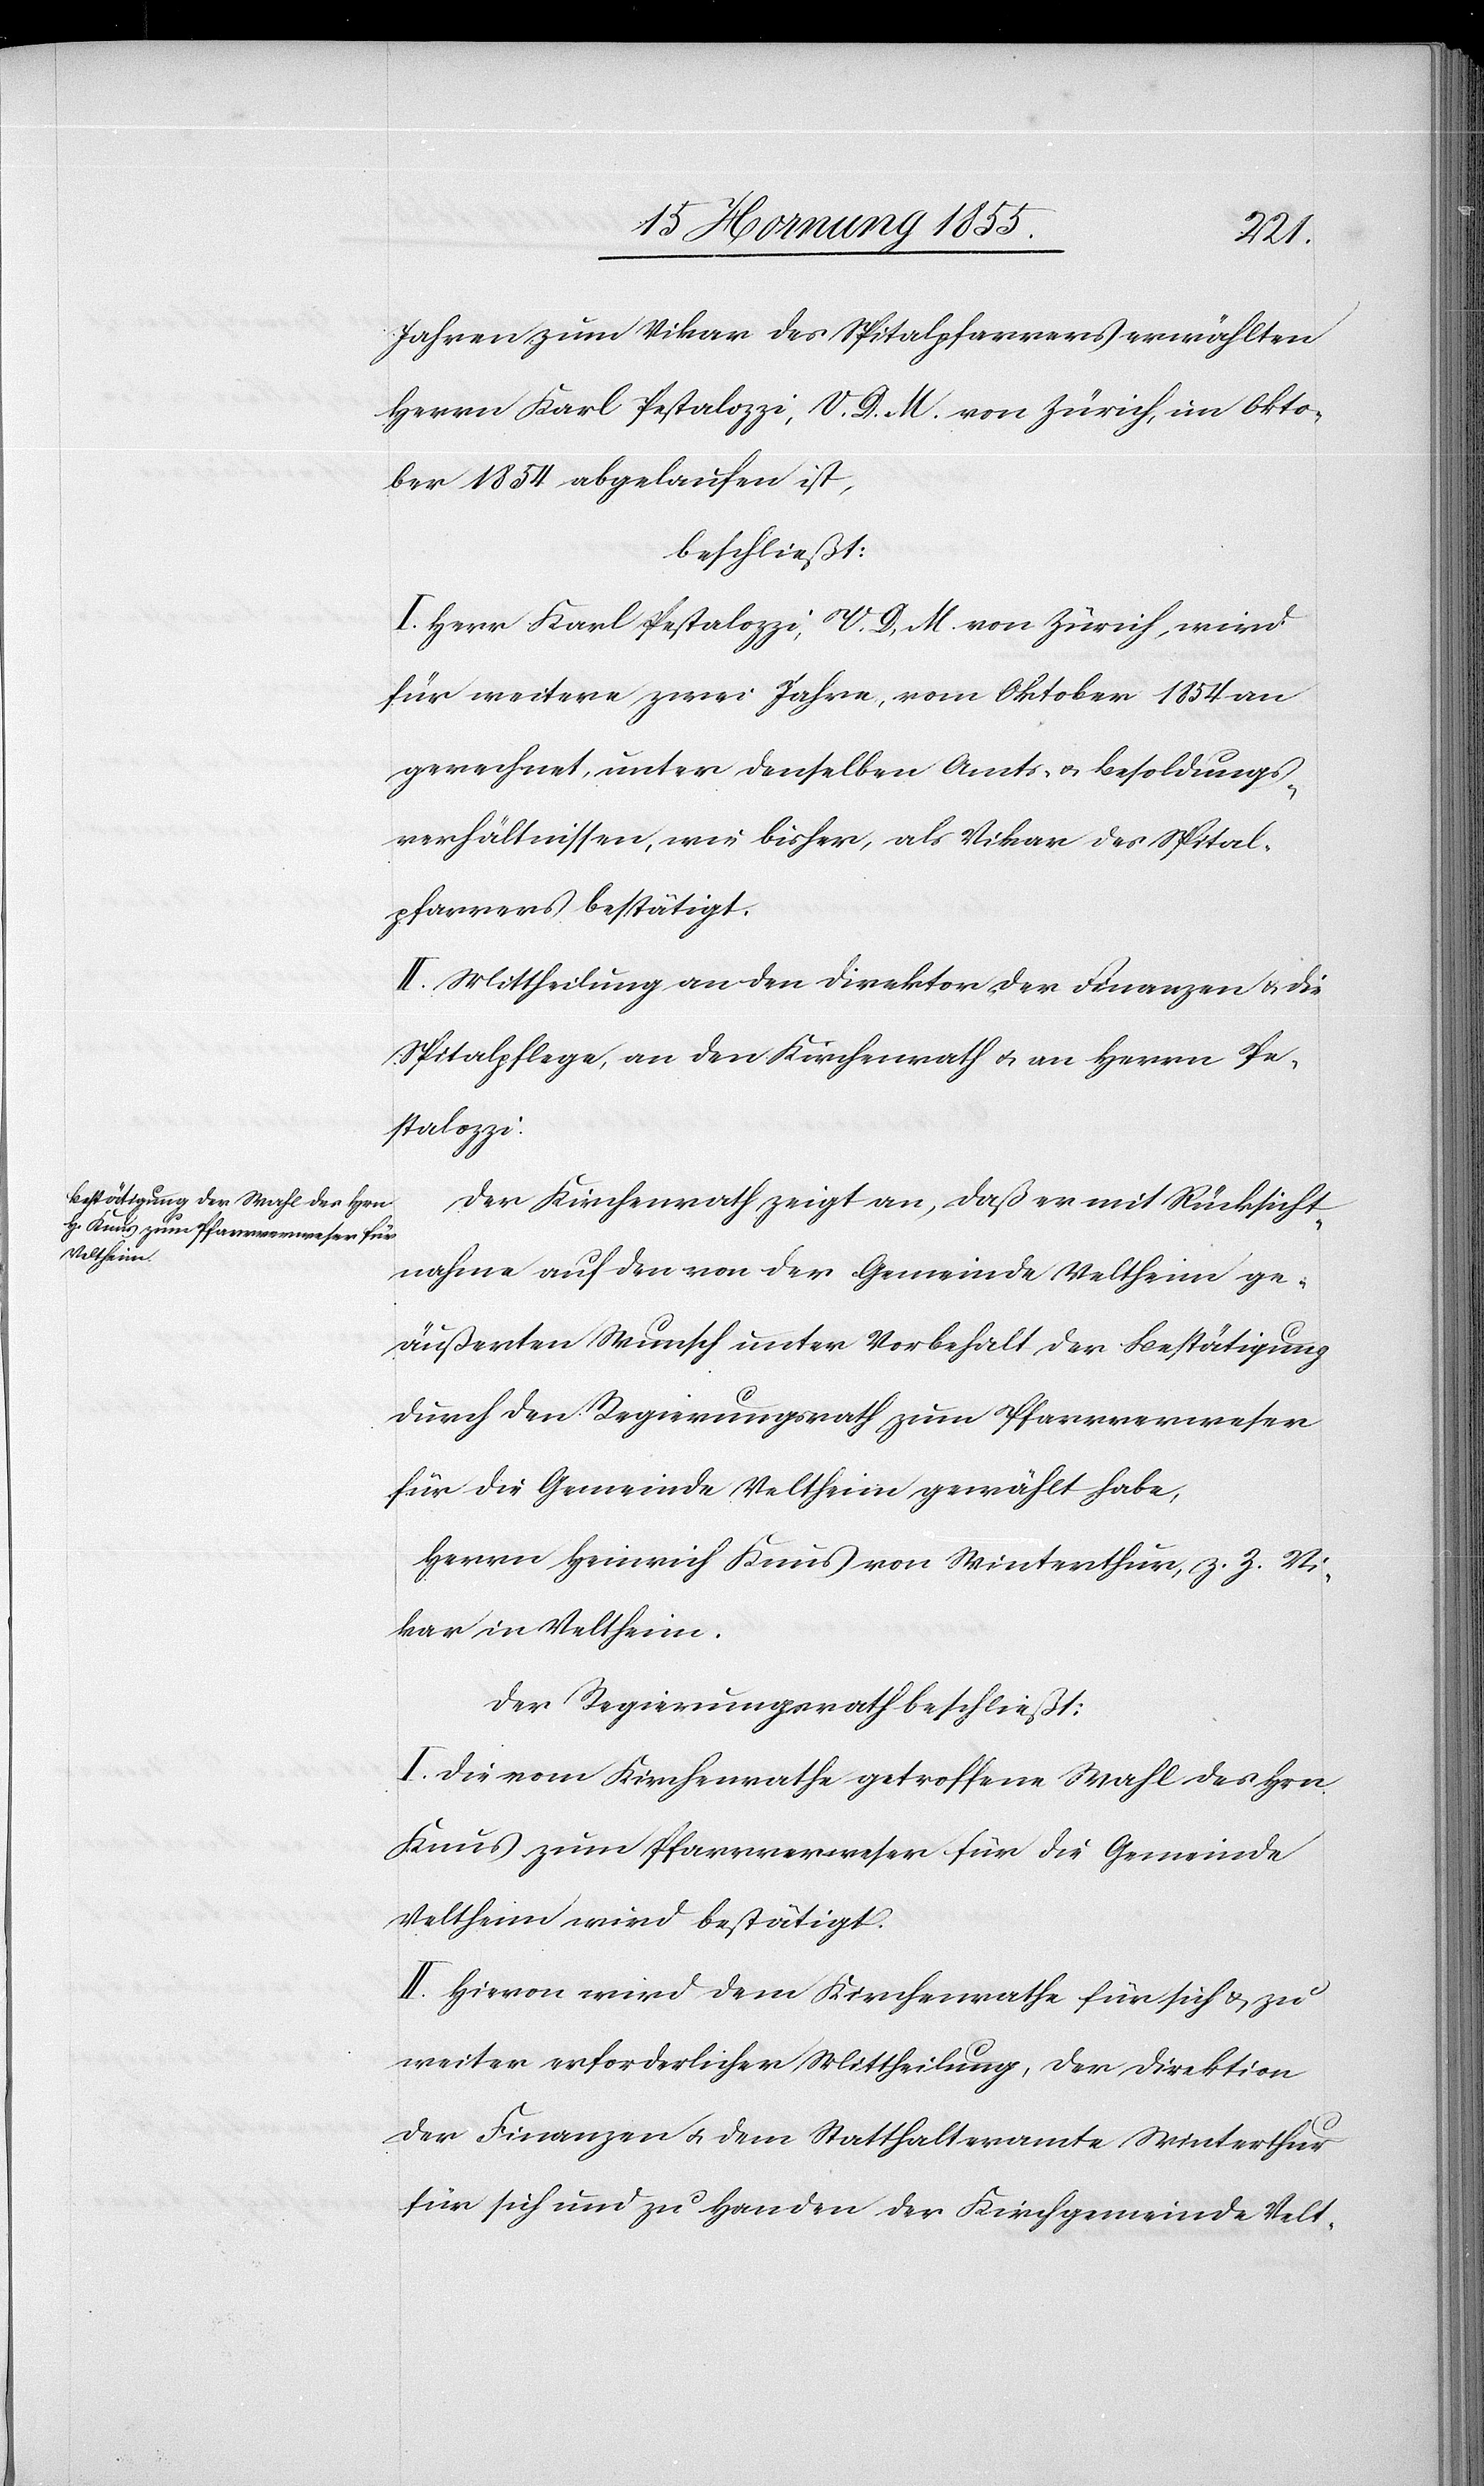
Jahren zum Vikar des Spitalpfarrers erwählten
Herrn Karl Pestalozzi, V. D. M. von Zürich, im Okto¬
ber 1854 abgelaufen ist,
beschließt:
I. Herr Karl Pestalozzi, V. D. M. von Zürich, wird
für weitere zwei Jahre, vom Oktober 1854 an
gerechnet, unter denselben Amts- & Besoldungs¬
verhältnissen, wie bisher, als Vikar des Spital¬
pfarrers bestätigt.
II. Mittheilung an den Direktor der Finanzen & die
Spitalpflege, an den Kirchenrath & an Herrn Pe¬
stalozzi.
Der Kirchenrath zeigt an, daß er mit Rücksicht¬
nahme auf den von der Gemeinde Veltheim ge¬
äußerten Wunsch unter Vorbehalt der Bestätigung
durch den Regierungsrath zum Pfarrverweser
für die Gemeinde Veltheim gewählt habe,
Herrn Heinrich Knus von Winterthur, z. Z. Vi¬
kar in Veltheim.
Der Regierungsrath beschließt:
I. Die vom Kirchenrathe getroffene Wahl des Hrn.
Knus zum Pfarrverweser für die Gemeinde
Veltheim wird bestätigt.
II. Hievon wird dem Kirchenrathe für sich & zu
weiter erforderlicher Mittheilung, der Direktion
der Finanzen & dem Statthalteramte Winterthur
für sich und zu Handen der Kirchgemeinde Velt-